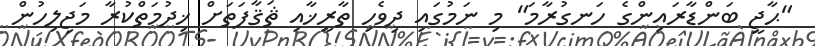
"ޙާޖީ ބަންޑާރައިންގެ ހަނގުރާމަ" މި ނަމުގައި ދިވެހި ތާރީޚާއި ޘަޤާފަތަށް ޚިދުމަތްކުރާ މަޖިލިހުން